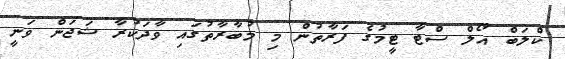
ކްލަބް އޯލް ސްޓާ ޓީމުގެ ފަރާތުން މި މުބާރާތުގައި ވާދަކުރާ ޝަޖަން ވަނީ